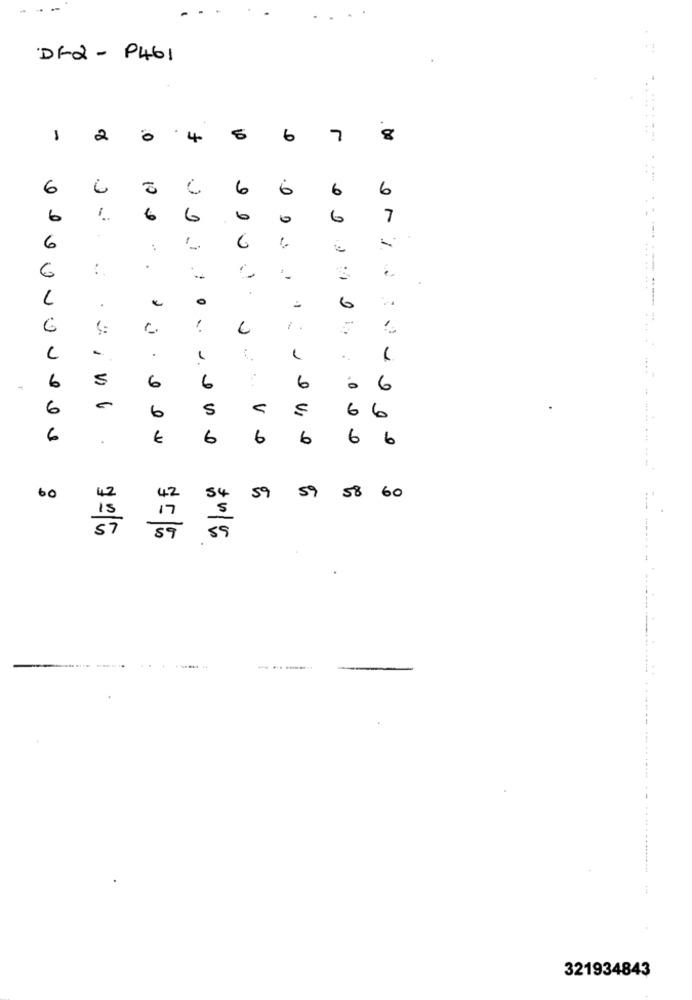
---
DF2 - P461
-
2
0
4
6
7
8
6
C
6
6
6
6
6
6
6
6
0
6
7
6
:
6
-
.
..
.1
6
..
-
.
1
1
6
5
6
6
6
6
6
6
5
V
6
6
6
.
€
6
6
6
6
6
59
60
60
42
42
54
59
58
57
-----------
321934843